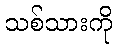
သစ်သားကို